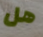
هل